Civil Veterinary Department. Madras. Admin. report 1926-33 - 1926-1933
Year: 1926
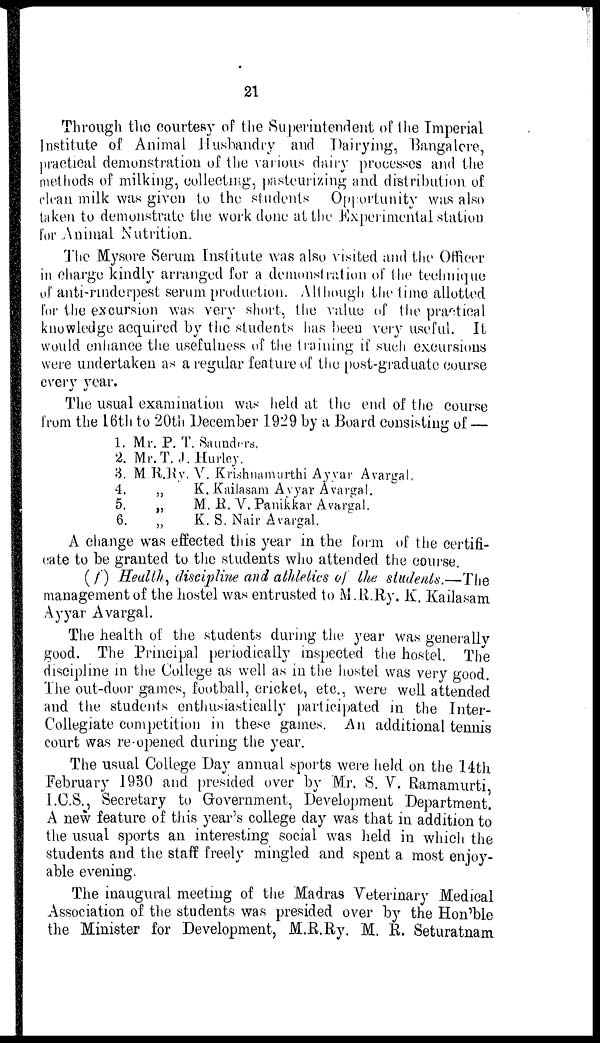
21
Through the courtesy of the Superintendent of the Imperial
Institute of Animal Husbandly and Dairying, Bangalore,
practical demonstration of the various dairy processes and the
methods of milking, collecting, pasteurizing and distribution of
clean milk was given to the students Opportunity was also
taken to demonstrate the work done at the Experimental station
for Animal Nutrition.
The Mysore Serum Institute was also visited and the Officer
in charge kindly arranged for a demonstration of the technique
of anti-rinderpest serum production. Although the time allotted
for the excursion was very short, the value of the practical
knowledge acquired by the students has been very useful. It
would enhance the usefulness of the training if such excursions
were undertaken as a regular feature of the post-graduate course
every year.
The usual examination was held at the end of the course
from the 16th to 20th December 1929 by a Board consisting of —
1.
2.
8.
4.
5.
6.
Mr. P. T. Saunders.
Mr.T. J. Hurley.
M.R.Ry. V. Krishnamurthi Ayyar Avargal.
„
K. Kailasam Ayyar Avargal.
„
M. R. V. Panikkar Avargal.
„
K. S. Nair Avargal.
A change was effected this year in the form of the certifi-
cate to be granted to the students who attended the course.
(f) Health, discipline and athletics of the students.—The
management of the hostel was entrusted to M .R.Ry. K. Kailasam
Ayyar Avargal.
The health of the students during the year was generally
good. The Principal periodically inspected the hostel. The
discipline in the College as well as in the hostel was very good.
The out-door games, football, cricket, etc., were well attended
and the students enthusiastically participated in the Inter-
Collegiate competition in these games. An additional tennis
court was re-opened during the year.
The usual College Day annual sports were held on the 14th
February 1930 and presided over by Mr. S. Y. Ramamurti
I.C.S., Secretary to Government, Development Department.
A new feature of this year's college day was that in addition to
the usual sports an interesting social was held in which the
students and the staff freely mingled and spent a most enjoy-
able evening.
The inaugural meeting of the Madras Veterinary Medical
Association of the students was presided over by the Hon'ble
the Minister for Development, M.R.Ry. M. R. Seturatnam